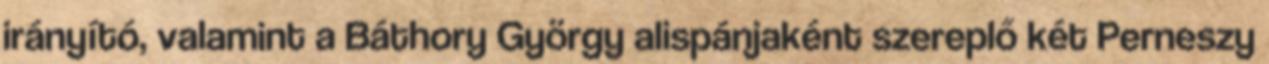
irányító, valamint a Báthory György alispánjaként szereplő két Perneszy